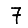
Digit: 7